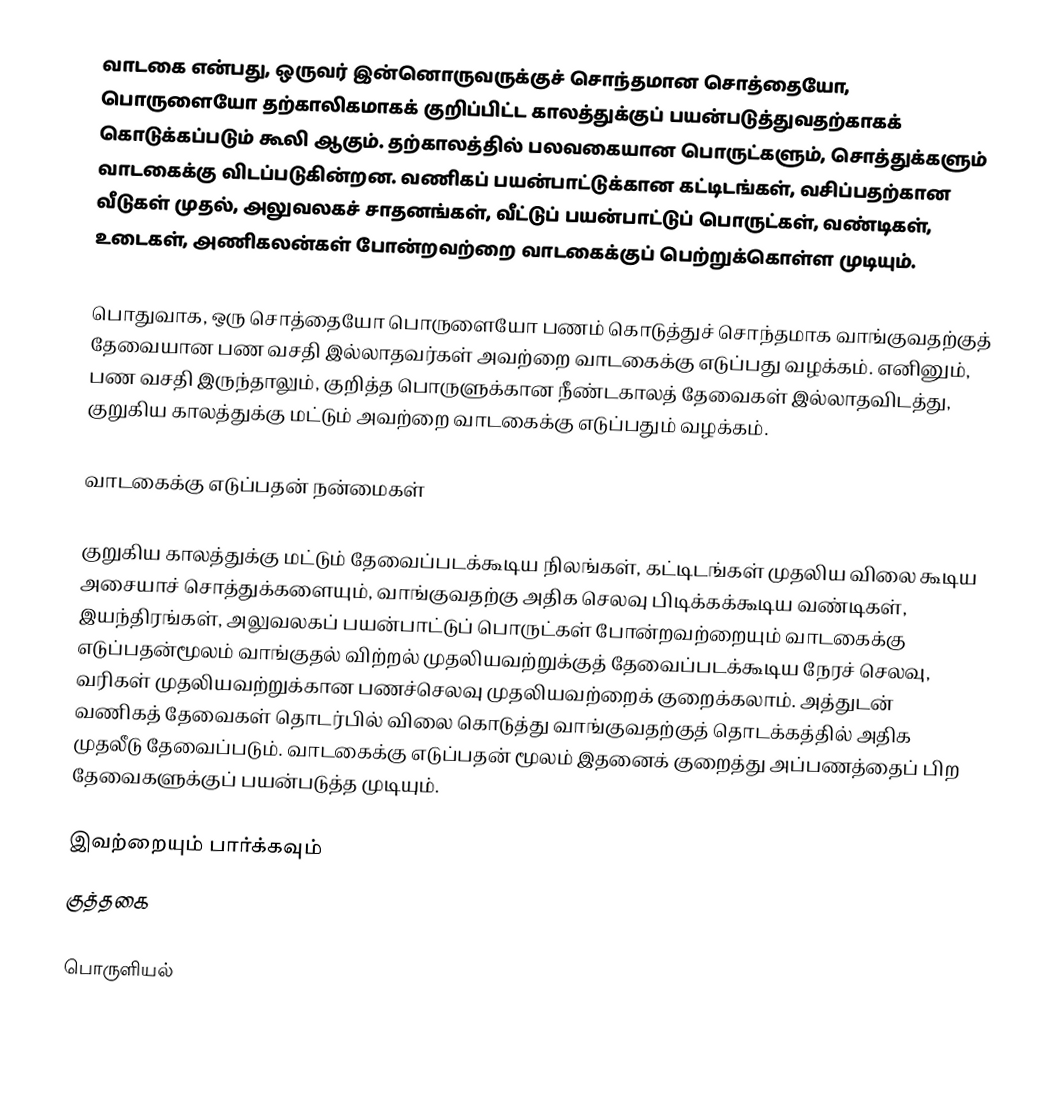
வாடகை என்பது, ஒருவர் இன்னொருவருக்குச் சொந்தமான சொத்தையோ, பொருளையோ தற்காலிகமாகக் குறிப்பிட்ட காலத்துக்குப் பயன்படுத்துவதற்காகக் கொடுக்கப்படும் கூலி ஆகும். தற்காலத்தில் பலவகையான பொருட்களும், சொத்துக்களும் வாடகைக்கு விடப்படுகின்றன. வணிகப் பயன்பாட்டுக்கான கட்டிடங்கள், வசிப்பதற்கான வீடுகள் முதல், அலுவலகச் சாதனங்கள், வீட்டுப் பயன்பாட்டுப் பொருட்கள், வண்டிகள், உடைகள், அணிகலன்கள் போன்றவற்றை வாடகைக்குப் பெற்றுக்கொள்ள முடியும்.

பொதுவாக, ஒரு சொத்தையோ பொருளையோ பணம் கொடுத்துச் சொந்தமாக வாங்குவதற்குத் தேவையான பண வசதி இல்லாதவர்கள் அவற்றை வாடகைக்கு எடுப்பது வழக்கம். எனினும், பண வசதி இருந்தாலும், குறித்த பொருளுக்கான நீண்டகாலத் தேவைகள் இல்லாதவிடத்து, குறுகிய காலத்துக்கு மட்டும் அவற்றை வாடகைக்கு எடுப்பதும் வழக்கம்.

வாடகைக்கு எடுப்பதன் நன்மைகள்

குறுகிய காலத்துக்கு மட்டும் தேவைப்படக்கூடிய நிலங்கள், கட்டிடங்கள் முதலிய விலை கூடிய அசையாச் சொத்துக்களையும், வாங்குவதற்கு அதிக செலவு பிடிக்கக்கூடிய வண்டிகள், இயந்திரங்கள், அலுவலகப் பயன்பாட்டுப் பொருட்கள் போன்றவற்றையும் வாடகைக்கு எடுப்பதன்மூலம் வாங்குதல் விற்றல் முதலியவற்றுக்குத் தேவைப்படக்கூடிய நேரச் செலவு, வரிகள் முதலியவற்றுக்கான பணச்செலவு முதலியவற்றைக் குறைக்கலாம். அத்துடன் வணிகத் தேவைகள் தொடர்பில் விலை கொடுத்து வாங்குவதற்குத் தொடக்கத்தில் அதிக முதலீடு தேவைப்படும். வாடகைக்கு எடுப்பதன் மூலம் இதனைக் குறைத்து அப்பணத்தைப் பிற தேவைகளுக்குப் பயன்படுத்த முடியும்.

இவற்றையும் பார்க்கவும்
 குத்தகை

பொருளியல்